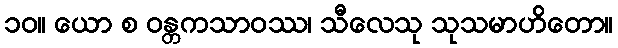
၁၀။ ယော စ ဝန္တကသာဝဿ၊ သီလေသု သုသမာဟိတော။